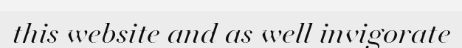
this website and as well invigorate